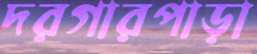
দরগারপাড়া